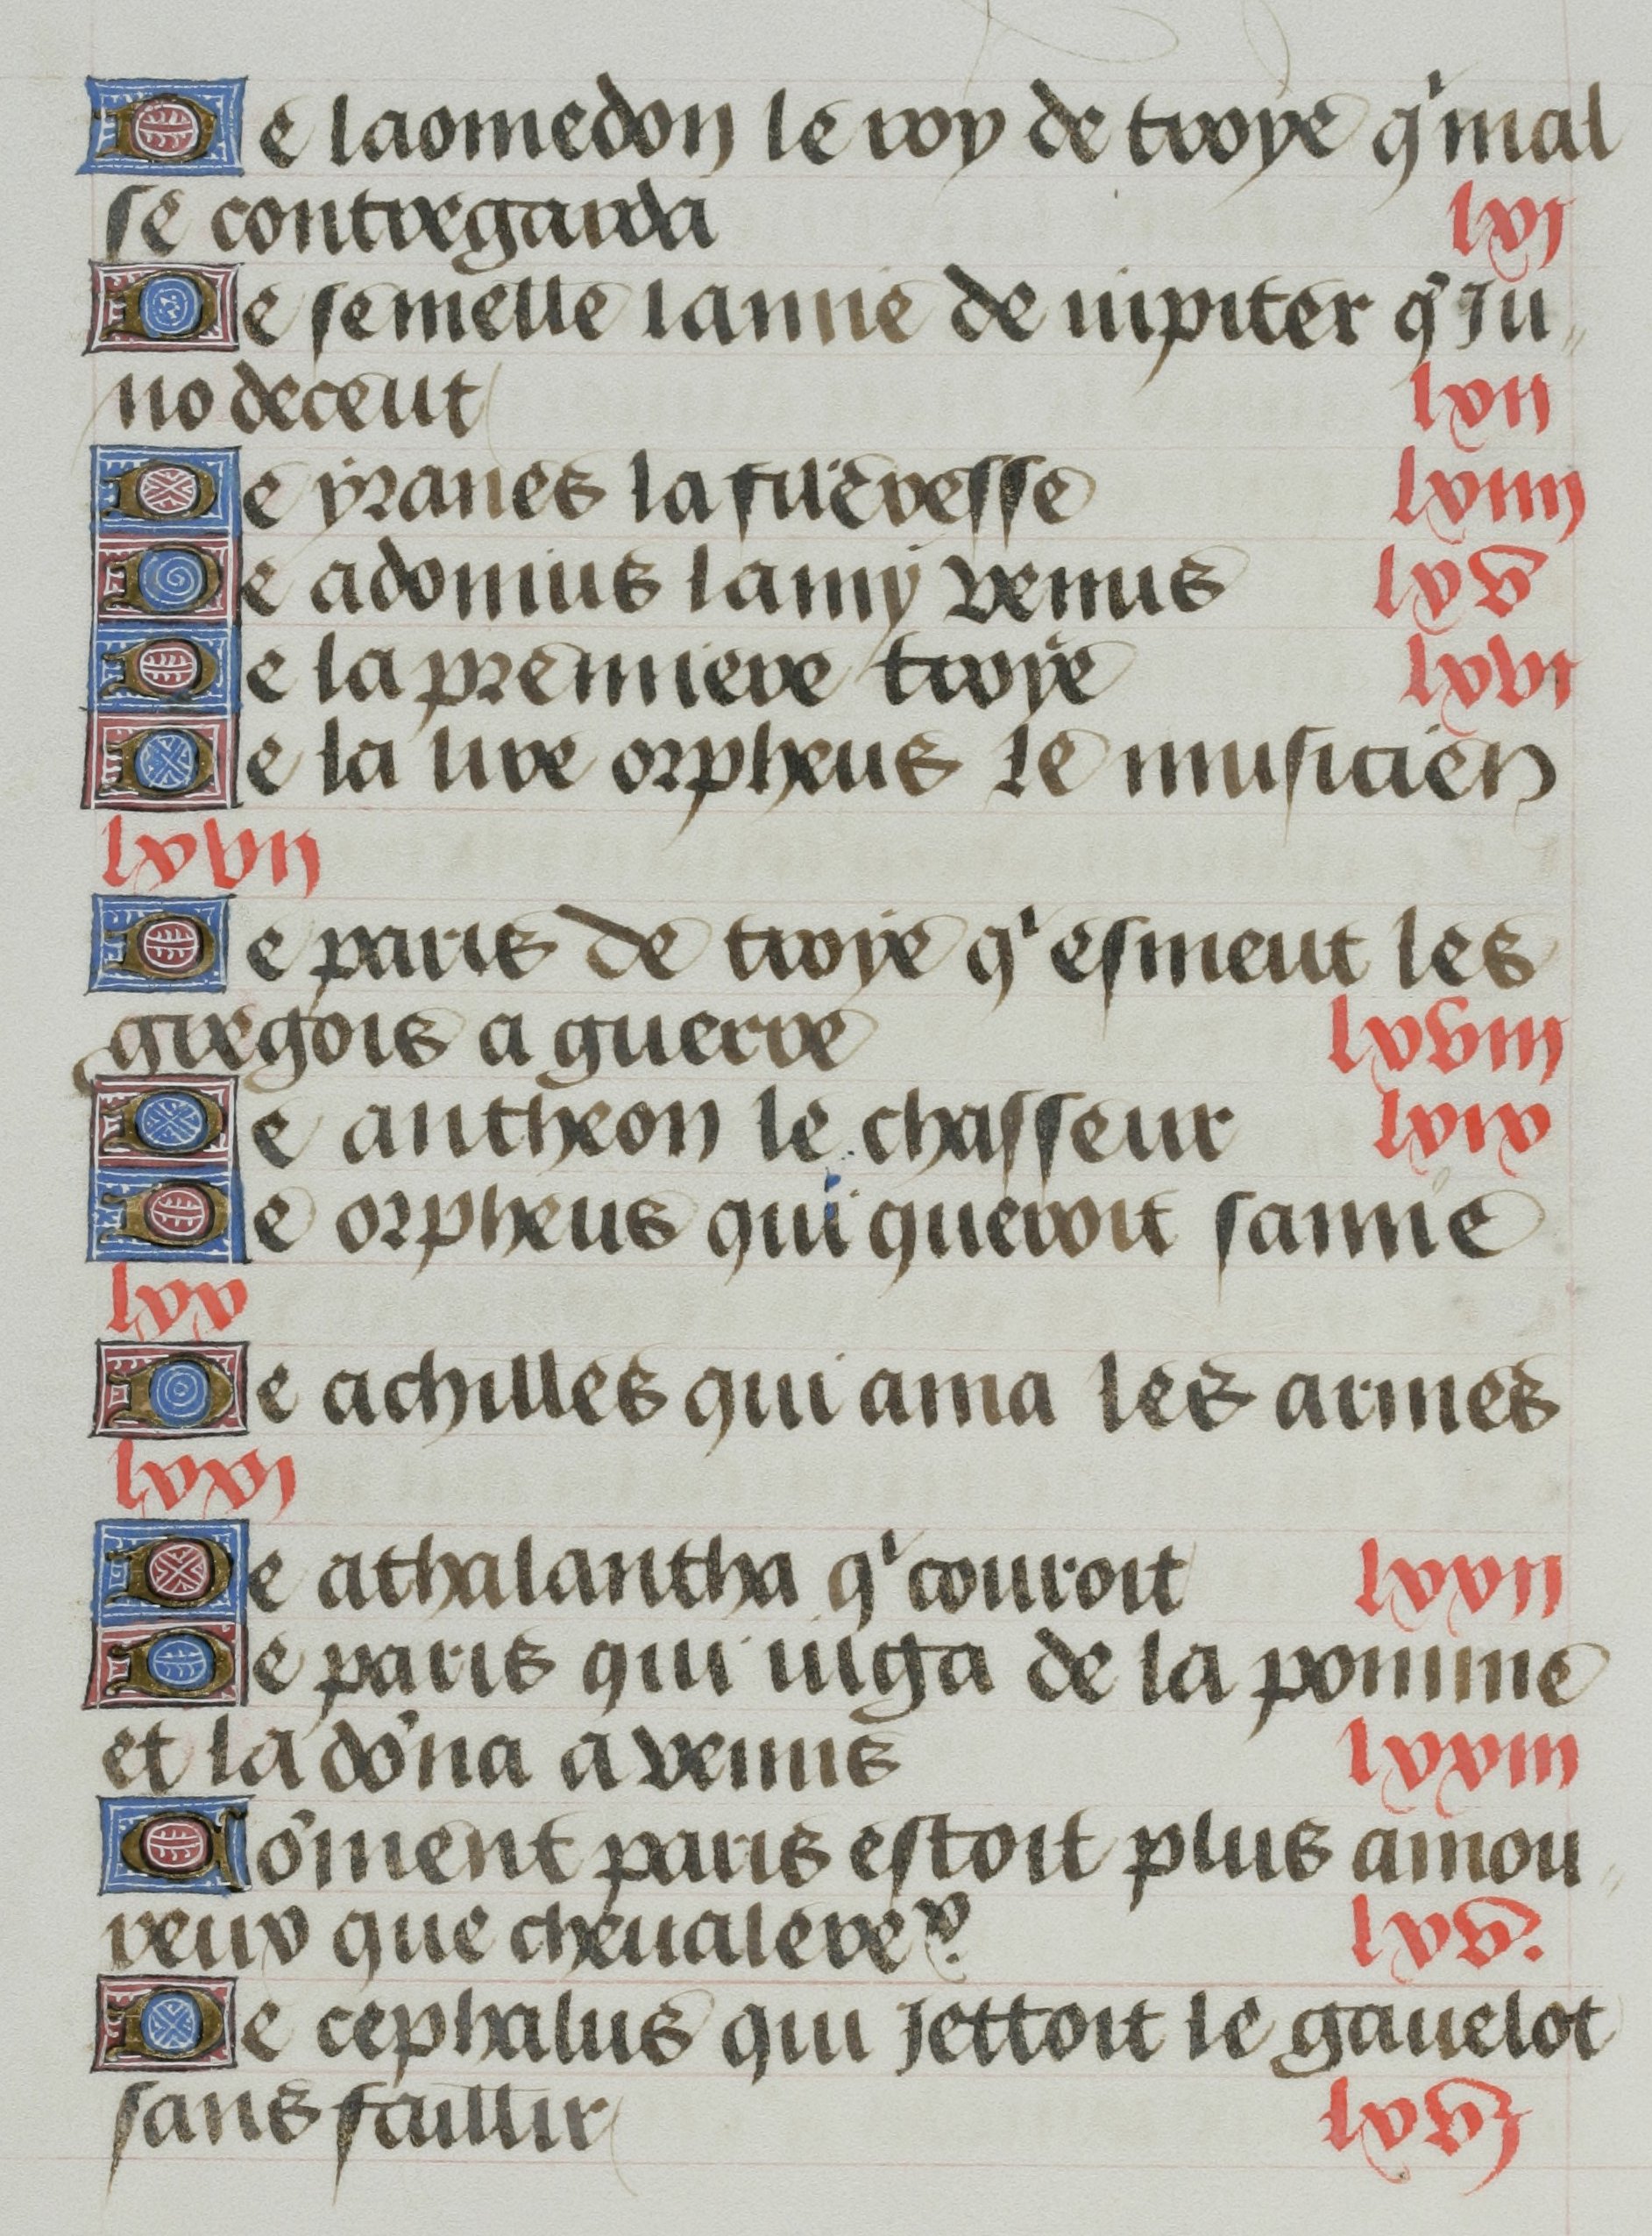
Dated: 1455–1465